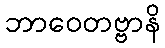
ဘာဝေတဗ္ဗာနိ